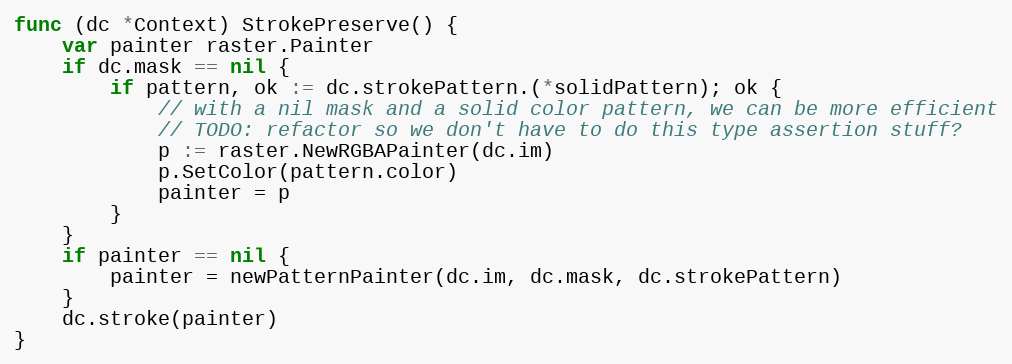
Language: Go
func (dc *Context) StrokePreserve() {
	var painter raster.Painter
	if dc.mask == nil {
		if pattern, ok := dc.strokePattern.(*solidPattern); ok {
			// with a nil mask and a solid color pattern, we can be more efficient
			// TODO: refactor so we don't have to do this type assertion stuff?
			p := raster.NewRGBAPainter(dc.im)
			p.SetColor(pattern.color)
			painter = p
		}
	}
	if painter == nil {
		painter = newPatternPainter(dc.im, dc.mask, dc.strokePattern)
	}
	dc.stroke(painter)
}